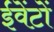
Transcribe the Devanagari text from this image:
ईवेंटों